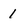
Character: 1